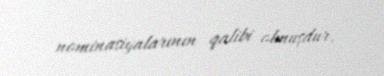
nominasiyalarının qalibi olmuşdur.